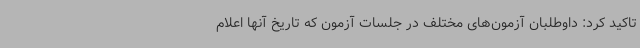
تاکید کرد: داوطلبان آزمون‌های مختلف در جلسات آزمون که تاریخ آنها اعلام